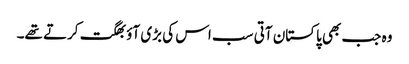
وہ جب بھی پاکستان آتی سب اس کی بڑی آؤ بھگت کرتے تھے۔